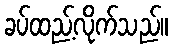
ခပ်ထည့်လိုက်သည်။